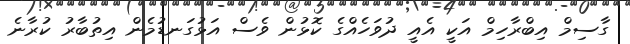
ގާސިމް އިބްރާހިމް އަކީ އެއީ ދުވަހެއްގެ ކޮޅުން ވެސް އަޅުގަނޑުމެން އިތުބާރު ކުރާނެ